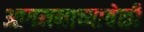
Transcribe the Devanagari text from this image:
आगमनाच्यावेळी